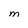
Character: M